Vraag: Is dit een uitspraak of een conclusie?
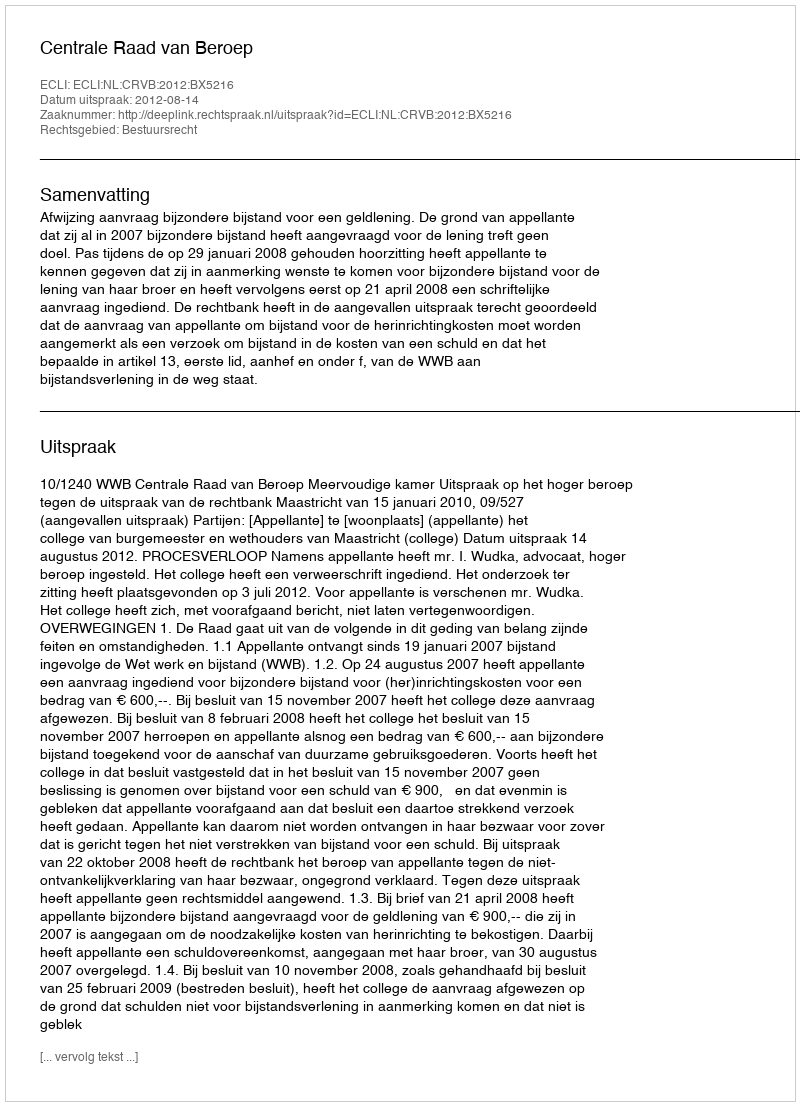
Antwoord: Uitspraak